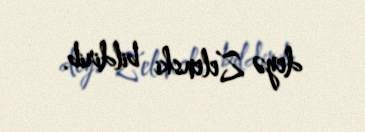
deyə Zelenski bildirib.